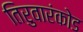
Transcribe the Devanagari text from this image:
तिरुवारंकोड